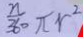
\frac { n } { 3 6 0 } \pi r ^ { 2 }